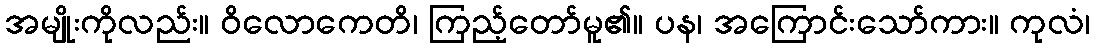
အမျိုးကိုလည်း။ ဝိလောကေတိ၊ ကြည့်တော်မူ၏။ ပန၊ အကြောင်းသော်ကား။ ကုလံ၊